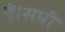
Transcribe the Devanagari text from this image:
हैं।सभी